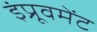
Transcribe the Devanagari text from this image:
इंप्रूवमेंट